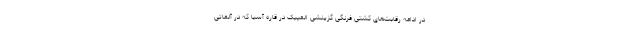
در ادامه رقابت‌های کشتی فرنگی گزینشی المپیک در قاره آسیا که در آلماتی